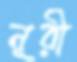
নূরী